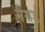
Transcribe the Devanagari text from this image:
मैंसर्ड